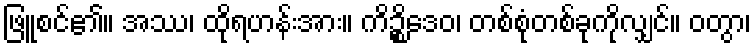
ဖြူစင်၏။ အဿ၊ ထိုရဟန်းအား။ ကိဉ္စိဒေဝ၊ တစ်စုံတစ်ခုကိုလျှင်။ ဝတွာ၊